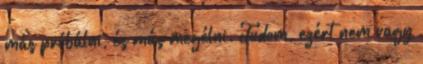
más próbálni, és más megélni. Tudom, ezért nem vagy